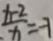
\frac { t - 2 } { x } = - 7